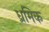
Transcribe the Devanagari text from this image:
ध्रमिक